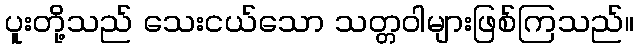
ပူးတို့သည် သေးငယ်သော သတ္တဝါများဖြစ်ကြသည်။